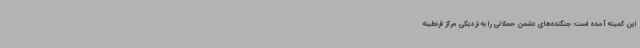
این کمیته آمده است: جنگنده‌های دشمن حملاتی را به نزدیکی مرکز قرنطینه